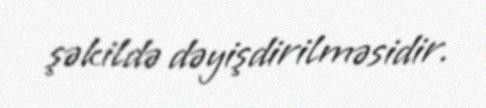
şəkildə dəyişdirilməsidir.